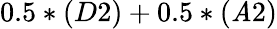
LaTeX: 0.5*(D2)+0.5*(\mathit{A}2)